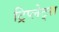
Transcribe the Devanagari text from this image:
ट्रिप्लेट्स